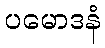
ပမောဒနံ